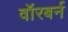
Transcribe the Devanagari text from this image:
वॉरबर्न